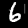
Label: 6